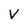
Character: V